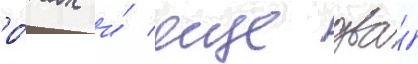
ро́тах и́ еще два́